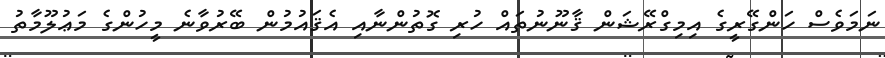
ނަމަވެސް ހަންގޭރީގެ އިމިގްރޭޝަން ޤާނޫނުތައް ހުރި ގޮތުންނާއި އެޤައުމުން ބޭރުވާނެ މީހުންގެ މަޢުލޫމާތު